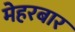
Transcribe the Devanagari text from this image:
मेहरबार